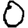
Digit: 0